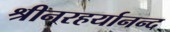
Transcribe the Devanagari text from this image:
श्रीनरहर्यानन्द